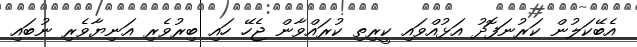
އެބޭކަލުން ކަރުނަފޮދު އަޅުއްވައި ކީރިތި ކުރައްވާން ޖެހޭ ހައި ބިރުވެރި އަނިޔާވެރި ނުބައި